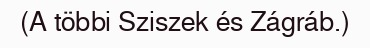
(A többi Sziszek és Zágráb.)